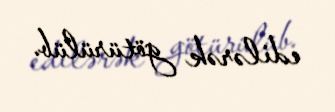
edilərək götürülüb.